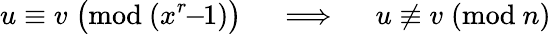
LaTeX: u\equiv v\; {\bigl(}{\mathrm{mod~}}(x^{r}\! \! -\! \! 1){\bigr)}\quad\implies\quad u\not\equiv v\; ({\mathrm{mod~}}n)